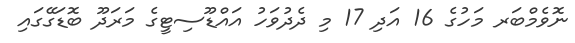
ނޮވެމްބަރ މަހުގެ 16 އަދި 17 މި ދެދުވަހު އައްޑޫސިޓީގެ މަރަދޫ ބޮޑަގޭގައި